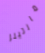
مارتينز